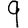
Digit: 9